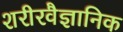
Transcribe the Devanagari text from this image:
शरीरवैज्ञानिक